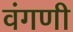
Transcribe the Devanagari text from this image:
वंगणी